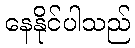
နေနိုင်ပါသည်